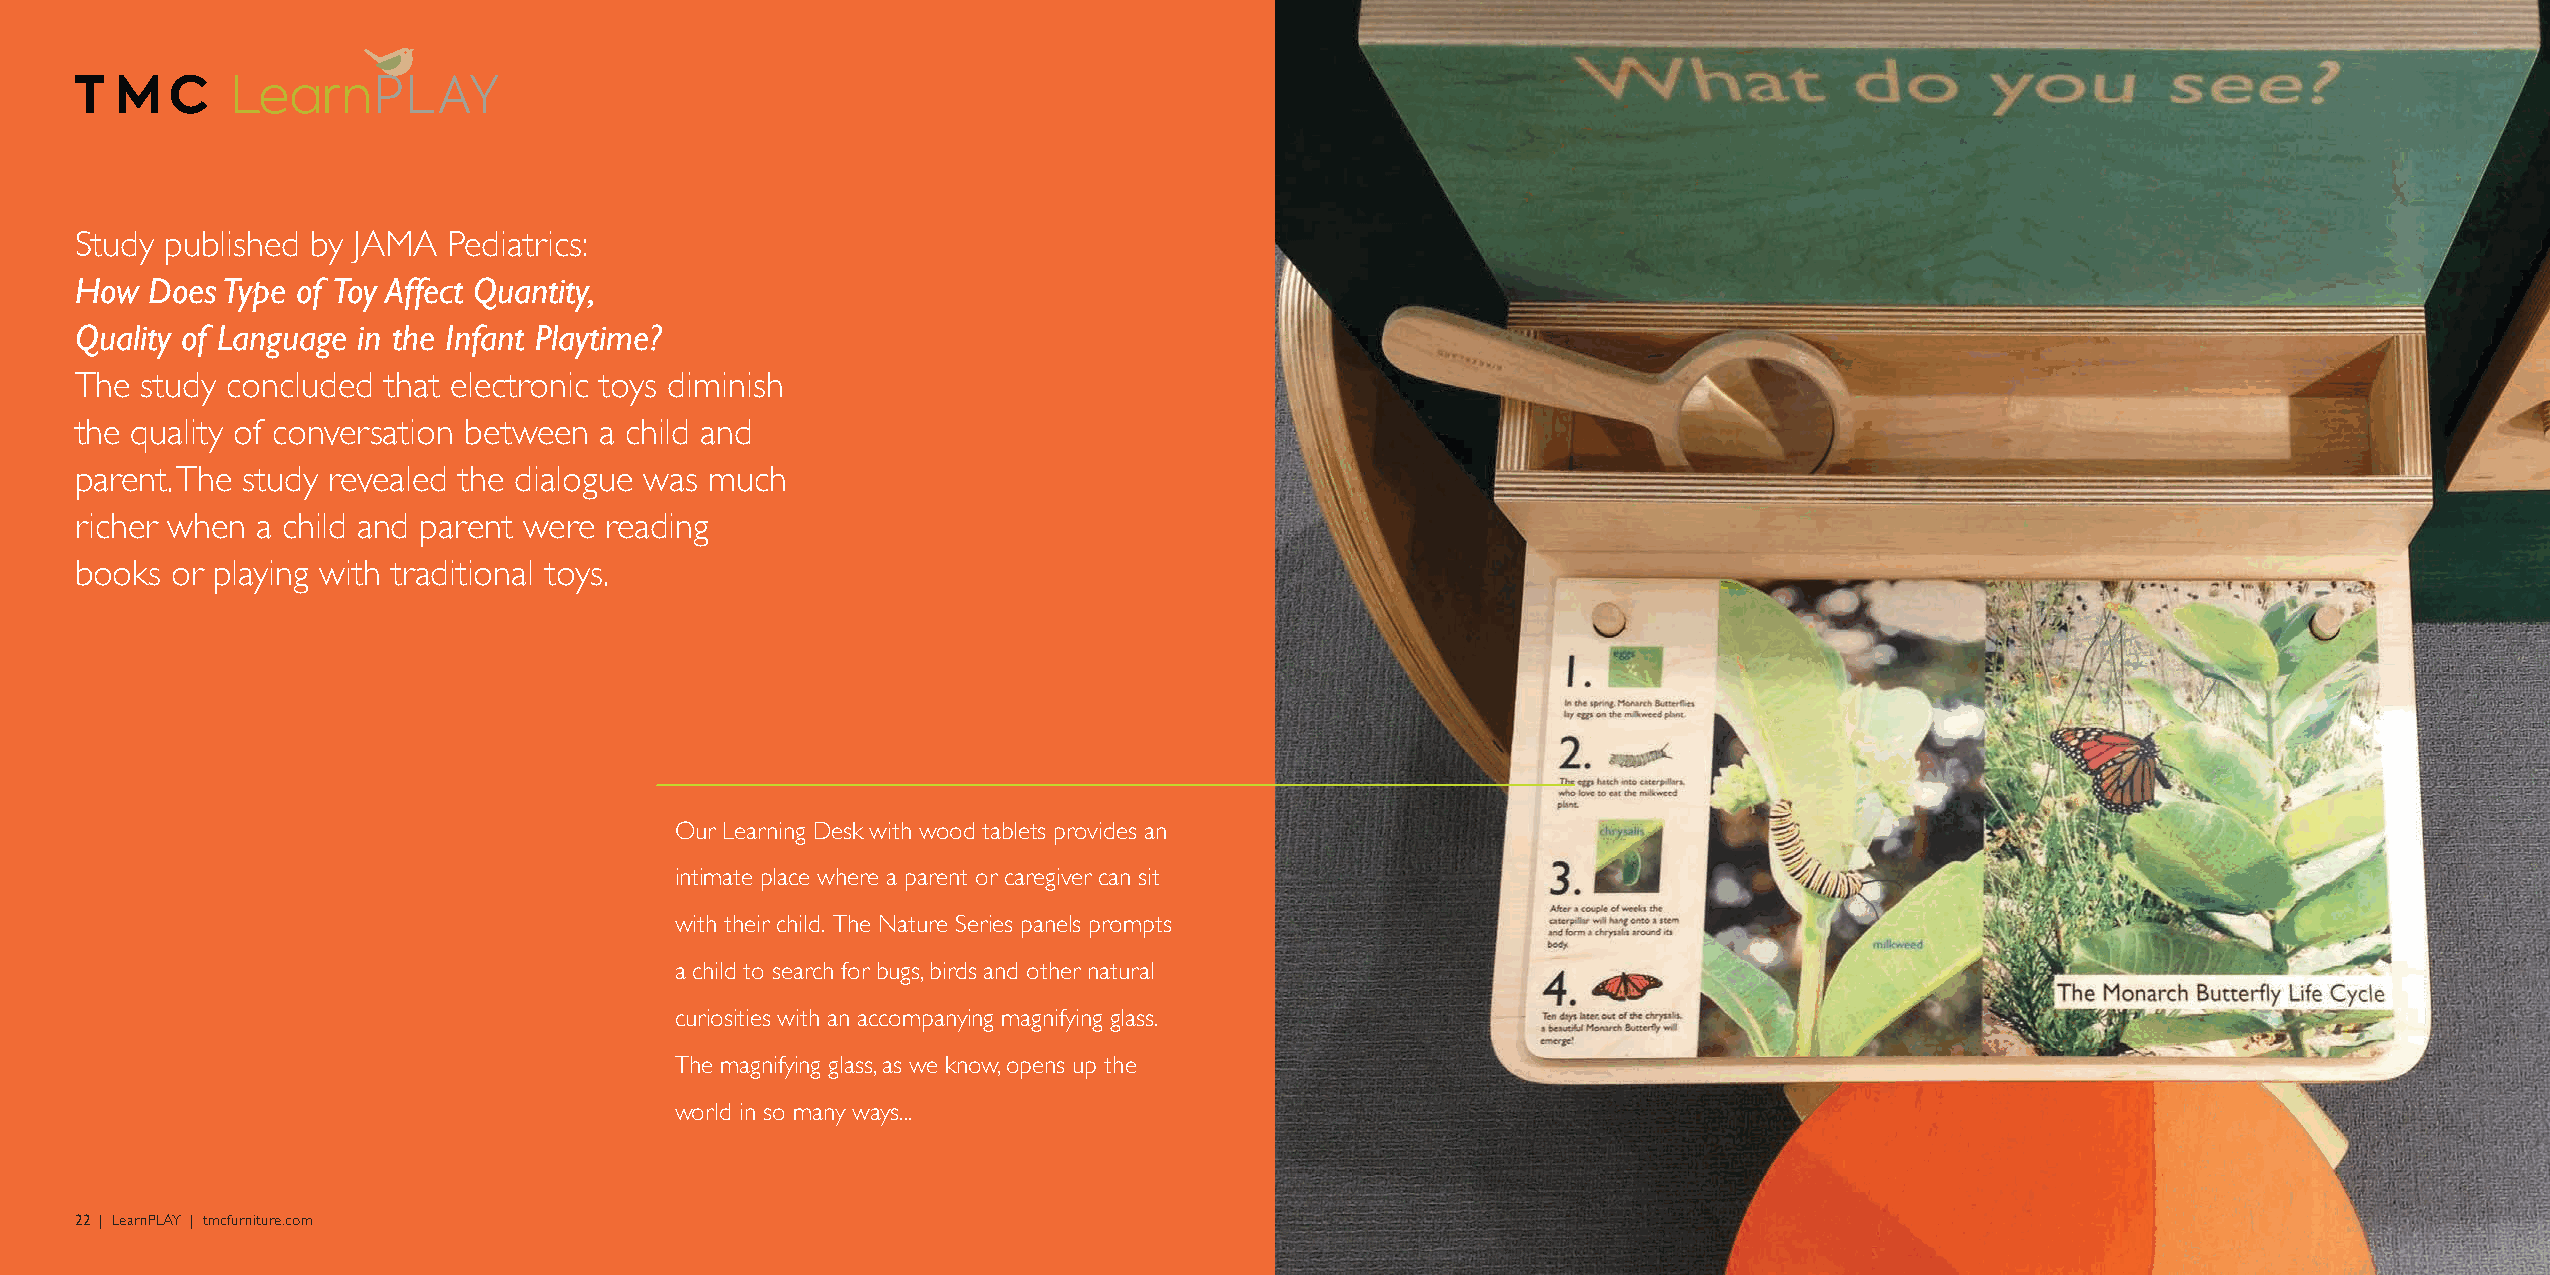
Study published by JAMA  Pediatrics:
 How  Does Type of Toy Affect Quantity,
 Quality of Language in the Infant Playtime?
 The study concluded that electronic toys diminish
 the quality of conversation between a child and
 parent. The study revealed the dialogue was much
 richer when a child and parent were reading
 books or playing with traditional toys.
 Our Learning Desk with wood tablets provides an
 intimate place where a parent or caregiver can sit
 with their child. The Nature Series panels prompts
 a child to search for bugs, birds and other natural
 curiosities with an accompanying magnifying glass.
 The magnifying glass, as we know, opens up the
 world in so many ways...
 22 | LearnPLAY | tmcfurniture.com                                                                                                              LearnPLAY | tmcfurniture.com | 23